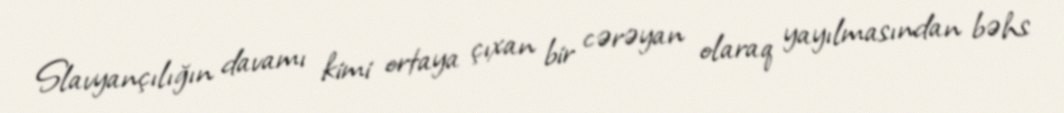
Slavyançılığın davamı kimi ortaya çıxan bir cərəyan olaraq yayılmasından bəhs